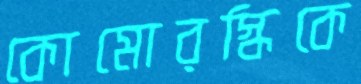
কোমোরস্কিকে